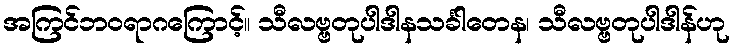
အကြင်ဘဝရာဂကြောင့်။ သီလဗ္ဗတုပါဒါနသင်္ခါတေန၊ သီလဗ္ဗတုပါဒါန်ဟု